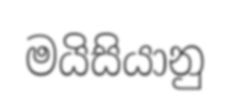
මයිසියානු